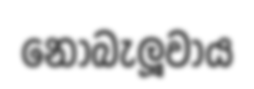
නොබැලූවාය